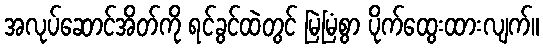
အလုပ်ဆောင်အိတ်ကို ရင်ခွင်ထဲတွင် မြဲမြံစွာ ပိုက်ထွေးထားလျက်။